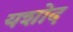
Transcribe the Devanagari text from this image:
यशोद